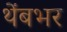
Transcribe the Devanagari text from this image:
थेंबभर